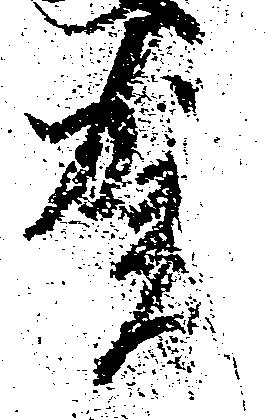
賀